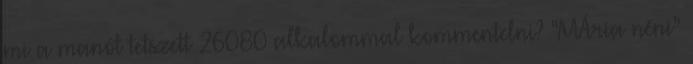
mi a manót tetszett 26080 alkalommal kommentelni? “MÁria néni”